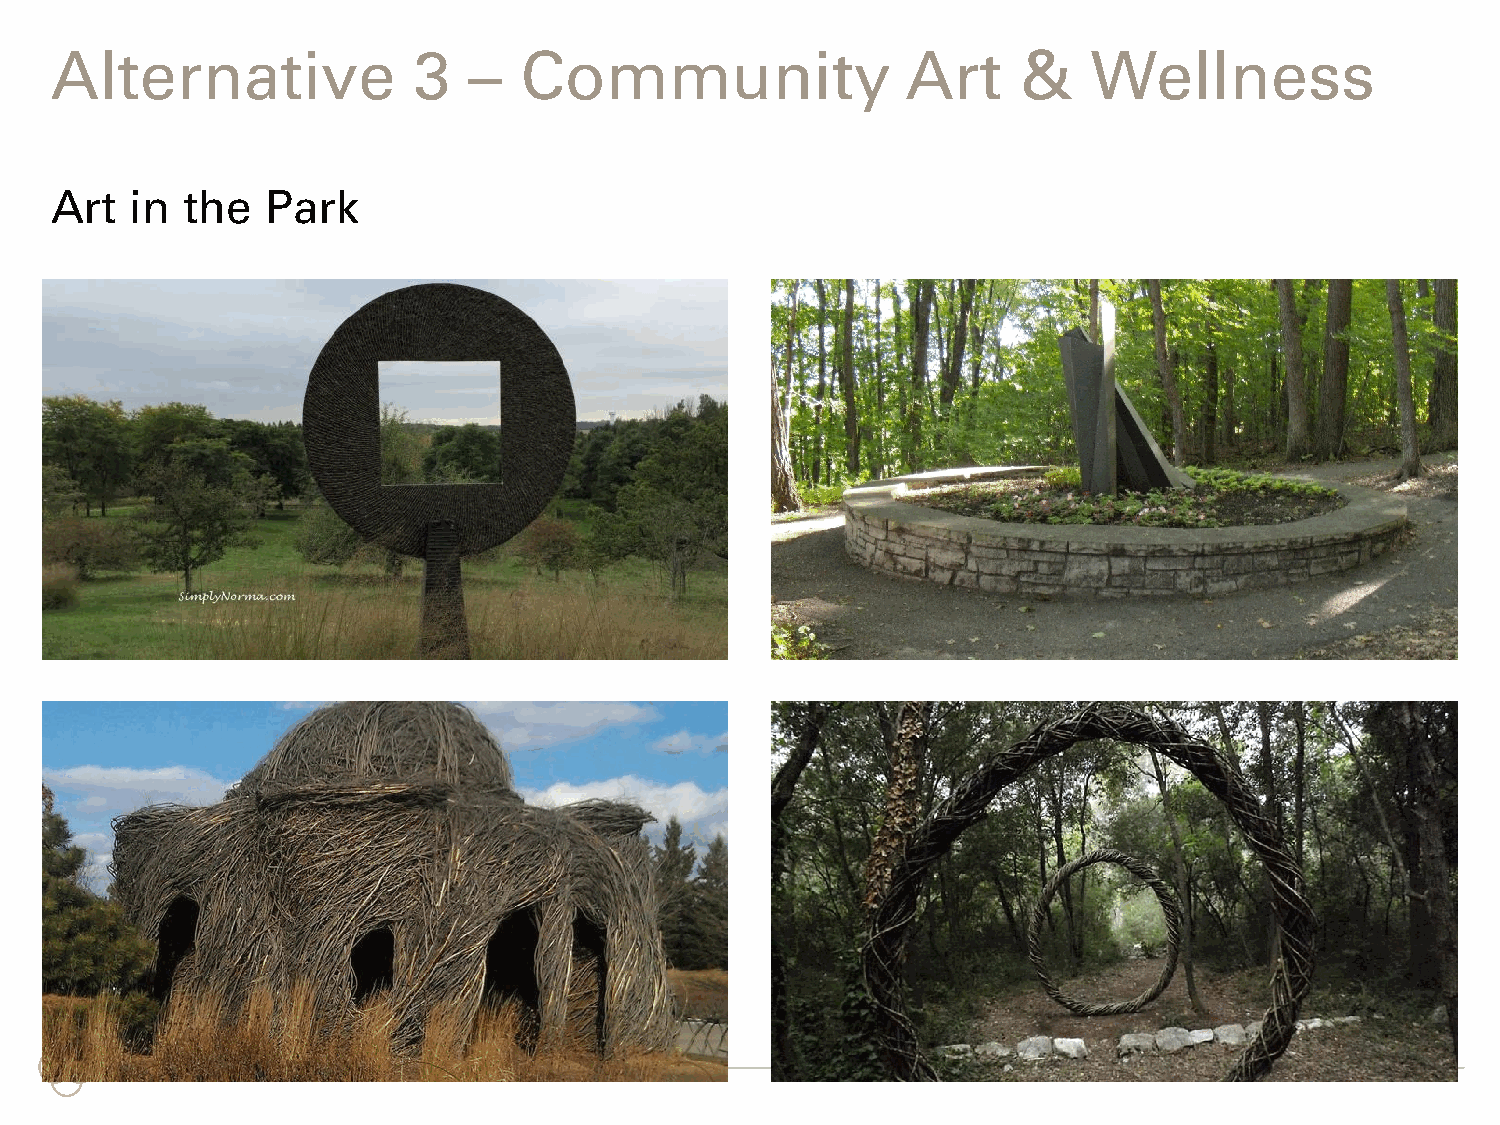
Alternative             3   –  Community                 Art     &   Wellness
 Art   in the   Park